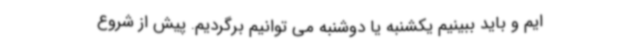
ایم و باید ببینیم یکشنبه یا دوشنبه می توانیم برگردیم. پیش از شروع